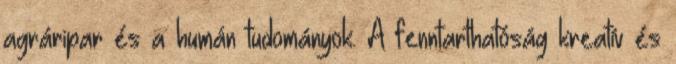
agráripar és a humán tudományok. A fenntarthatóság kreatív és